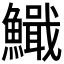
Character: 𫙺